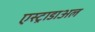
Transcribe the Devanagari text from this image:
एस्ट्राडाअल